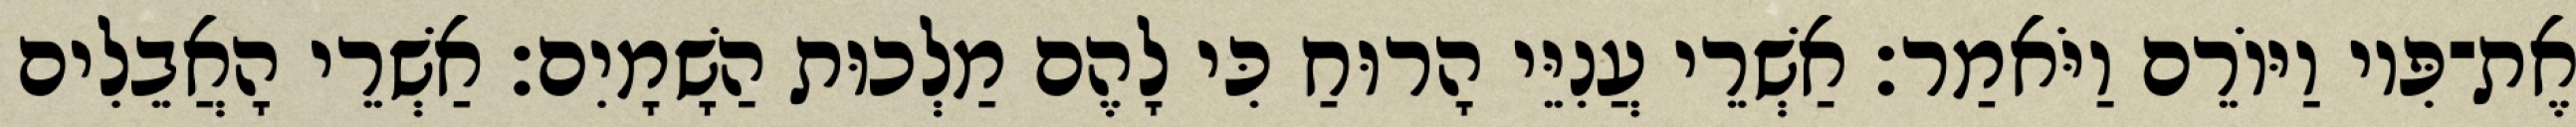
אֶת־פִּיו וַיּוֹרֵם וַיֹּאמַר׃ אַשְׁרֵי עֲנִיֵּי הָרוּחַ כִּי לָהֶם מַלְכוּת הַשָׁמָיִם׃ אַשְׁרֵי הָאֲבֵלִים